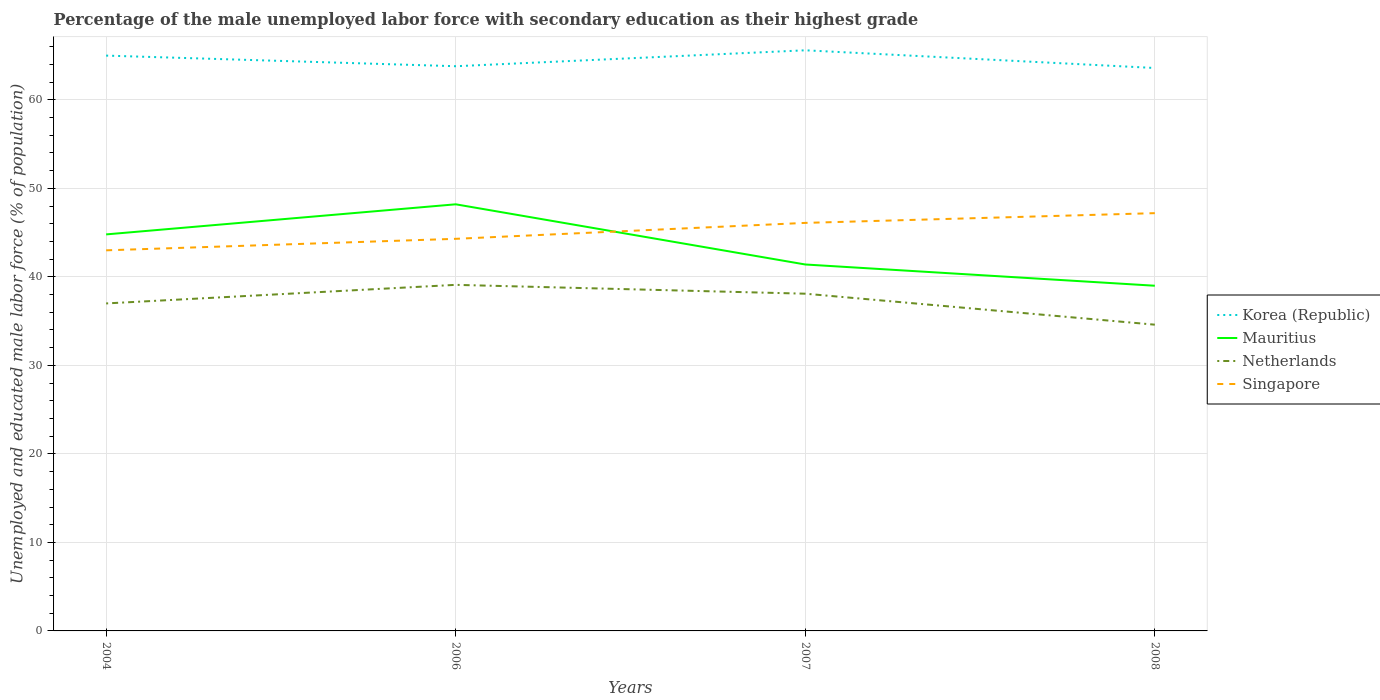
| Years | Korea (Republic) | Mauritius | Netherlands | Singapore |
 | --- | --- | --- | --- | --- |
 | 2004 | 65 | 44.8 | 37 | 43 |
 | 2006 | 63.8 | 48.2 | 39.1 | 44.3 |
 | 2007 | 65.6 | 41.4 | 38.1 | 46.1 |
 | 2008 | 63.6 | 39 | 34.6 | 47.2 |